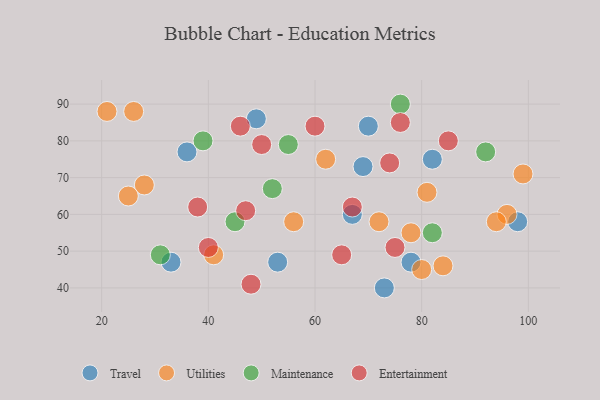
{"axis": {"x": "GDP", "y": "Life Expectancy"}, "legend": ["Entertainment", "Maintenance", "Travel", "Utilities"], "data": [{"x": "69", "y": 73, "type": "Travel"}, {"x": "36", "y": 77, "type": "Travel"}, {"x": "53", "y": 47, "type": "Travel"}, {"x": "70", "y": 84, "type": "Travel"}, {"x": "49", "y": 86, "type": "Travel"}, {"x": "67", "y": 60, "type": "Travel"}, {"x": "73", "y": 40, "type": "Travel"}, {"x": "82", "y": 75, "type": "Travel"}, {"x": "78", "y": 47, "type": "Travel"}, {"x": "98", "y": 58, "type": "Travel"}, {"x": "33", "y": 47, "type": "Travel"}, {"x": "41", "y": 49, "type": "Utilities"}, {"x": "96", "y": 60, "type": "Utilities"}, {"x": "62", "y": 75, "type": "Utilities"}, {"x": "21", "y": 88, "type": "Utilities"}, {"x": "56", "y": 58, "type": "Utilities"}, {"x": "84", "y": 46, "type": "Utilities"}, {"x": "26", "y": 88, "type": "Utilities"}, {"x": "72", "y": 58, "type": "Utilities"}, {"x": "99", "y": 71, "type": "Utilities"}, {"x": "80", "y": 45, "type": "Utilities"}, {"x": "78", "y": 55, "type": "Utilities"}, {"x": "28", "y": 68, "type": "Utilities"}, {"x": "25", "y": 65, "type": "Utilities"}, {"x": "94", "y": 58, "type": "Utilities"}, {"x": "81", "y": 66, "type": "Utilities"}, {"x": "45", "y": 58, "type": "Maintenance"}, {"x": "39", "y": 80, "type": "Maintenance"}, {"x": "82", "y": 55, "type": "Maintenance"}, {"x": "31", "y": 49, "type": "Maintenance"}, {"x": "92", "y": 77, "type": "Maintenance"}, {"x": "55", "y": 79, "type": "Maintenance"}, {"x": "52", "y": 67, "type": "Maintenance"}, {"x": "76", "y": 90, "type": "Maintenance"}, {"x": "50", "y": 79, "type": "Entertainment"}, {"x": "38", "y": 62, "type": "Entertainment"}, {"x": "74", "y": 74, "type": "Entertainment"}, {"x": "47", "y": 61, "type": "Entertainment"}, {"x": "85", "y": 80, "type": "Entertainment"}, {"x": "75", "y": 51, "type": "Entertainment"}, {"x": "65", "y": 49, "type": "Entertainment"}, {"x": "67", "y": 62, "type": "Entertainment"}, {"x": "46", "y": 84, "type": "Entertainment"}, {"x": "48", "y": 41, "type": "Entertainment"}, {"x": "76", "y": 85, "type": "Entertainment"}, {"x": "60", "y": 84, "type": "Entertainment"}, {"x": "40", "y": 51, "type": "Entertainment"}]}